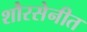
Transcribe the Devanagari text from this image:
शौरसेनीत